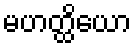
မဟတ္ထိယော